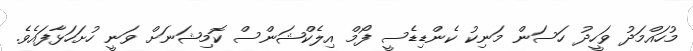
މުހައްމަދު ވަހީދު ހަސަން މަނިކު ކެންޑިޑެސީ ފޯމް އިލެކްޝަންސް ކޮމިޝަނަށް ވަނީ ހުށަހަޅާފައެވެ.